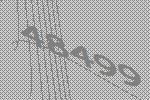
48499